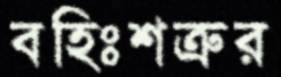
বহিঃশত্রুর